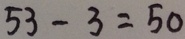
5 3 - 3 = 5 0